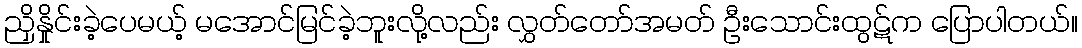
ညှိနှိုင်းခဲ့ပေမယ့် မအောင်မြင်ခဲ့ဘူးလို့လည်း လွှတ်တော်အမတ် ဦးသောင်းထွဋ်က ပြောပါတယ်။